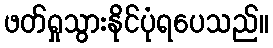
ဖတ်ရှုသွားနိုင်ပုံရပေသည်။